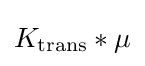
K_{\text{trans}}*\mu